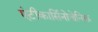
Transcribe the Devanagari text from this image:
एंटीकार्सिनोजेनिक